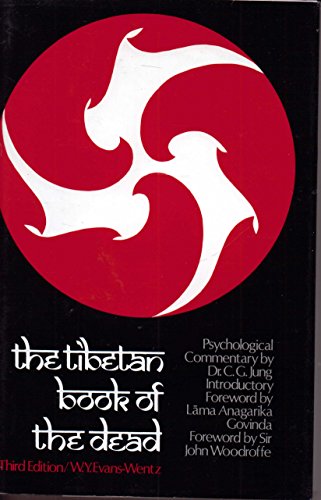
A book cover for The Tibetan Book of the Dead: or, The After-Death Experiences on the Bardo Plane, according to Lama Kazi Dawa-Samdup's English Rendering; Crafts, Hobbies & Home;